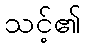
သင့်၏